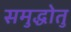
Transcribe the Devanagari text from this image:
समुद्धोतु